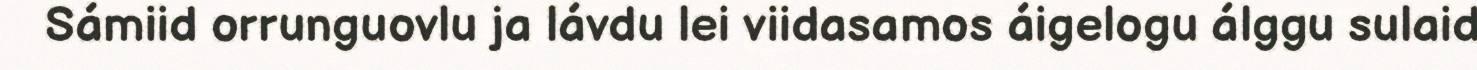
Sámiid orrunguovlu ja lávdu lei viidasamos áigelogu álggu sulaid